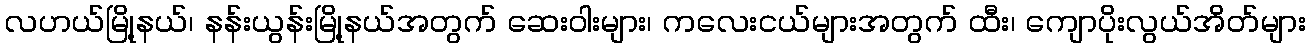
လဟယ်မြို့နယ်၊ နန်းယွန်းမြို့နယ်အတွက် ဆေးဝါးများ၊ ကလေးငယ်များအတွက် ထီး၊ ကျောပိုးလွယ်အိတ်များ